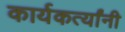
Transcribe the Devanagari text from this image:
कार्यकर्त्‍यांनी